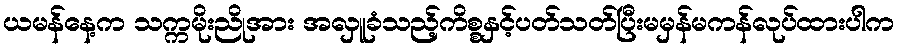
ယမန်နေ့က သက္ကမိုးညိုအား အလှူခံသည့်ကိစ္စနှင့်ပတ်သတ်ပြီးမမှန်မကန်လုပ်ထားပါက